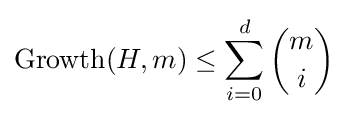
\operatorname {Growth} (H,m)\leq \sum _{i=0}^{d}{m \choose i}